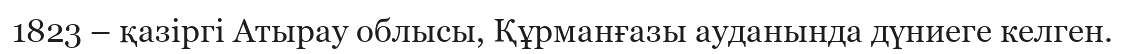
1823 – қазіргі Атырау облысы, Құрманғазы ауданында дүниеге келген.